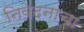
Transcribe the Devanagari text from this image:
निवेदनाचा